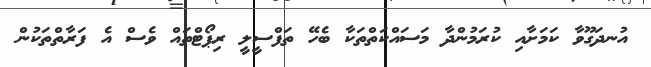
އުނދަގޫވާ ކަމަށާއި ކުރަމުންދާ މަސައްކަތްތަކާ ބެހޭ ތަފްސީލީ ރިޕޯޓްތައް ވެސް އެ ފަރާތްތަކުން